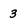
Character: 3